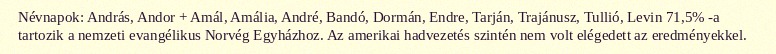
Névnapok: András, Andor + Amál, Amália, André, Bandó, Dormán, Endre, Tarján, Trajánusz, Tullió, Levin 71,5% -a tartozik a nemzeti evangélikus Norvég Egyházhoz. Az amerikai hadvezetés szintén nem volt elégedett az eredményekkel.